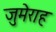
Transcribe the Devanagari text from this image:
जुमेराह